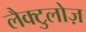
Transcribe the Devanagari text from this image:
लैक्टुलोज़